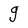
Character: g